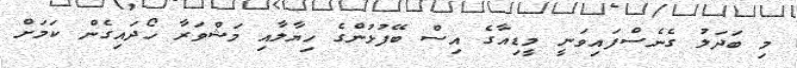
މި ބަދަލު ގެނެސްފައިވަނީ މީޑިއާގެ އިސް ބޭފުޅުންގެ ހިޔާލާއި މަޝްވަރާ ހޯދައިގެން ކަމަށް